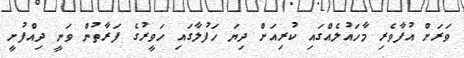
ވަރަށް އުފާވެރި މާހައުލެއްގައި ކުރިއަށް ދިޔަ ހަފުލާގައި ހަވީރުގެ ފަރާތުން ވަނީ ދިއްފުށީ